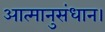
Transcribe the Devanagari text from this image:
आत्मानुसंधान।